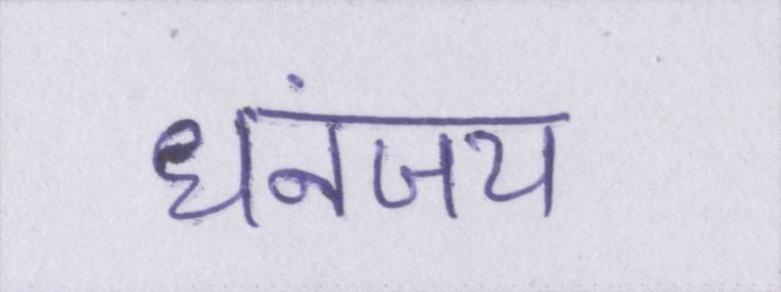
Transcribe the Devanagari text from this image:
धनंजय